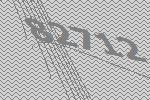
82712